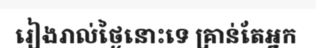
រៀងរាល់ថ្ងៃនោះទេ គ្រាន់តែអ្នក